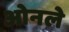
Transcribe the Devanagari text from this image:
ओनले